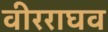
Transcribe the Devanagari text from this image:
वीरराघव